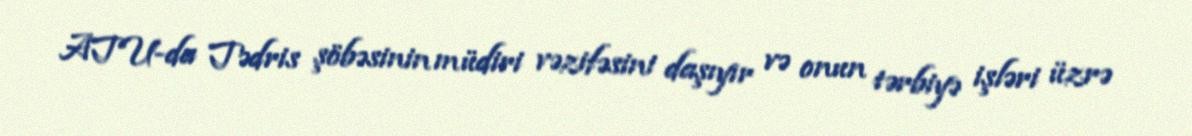
ATU-da Tədris şöbəsinin müdiri vəzifəsini daşıyır və onun tərbiyə işləri üzrə